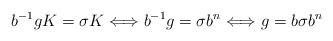
LaTeX: \begin{align*}b^{-1}gK=\sigma K\Longleftrightarrow b^{-1}g=\sigma b^n\Longleftrightarrow g=b\sigma b^n\end{align*}